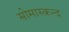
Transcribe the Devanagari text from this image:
सोमास्कन्द